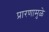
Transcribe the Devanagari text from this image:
प्रारणामुळे